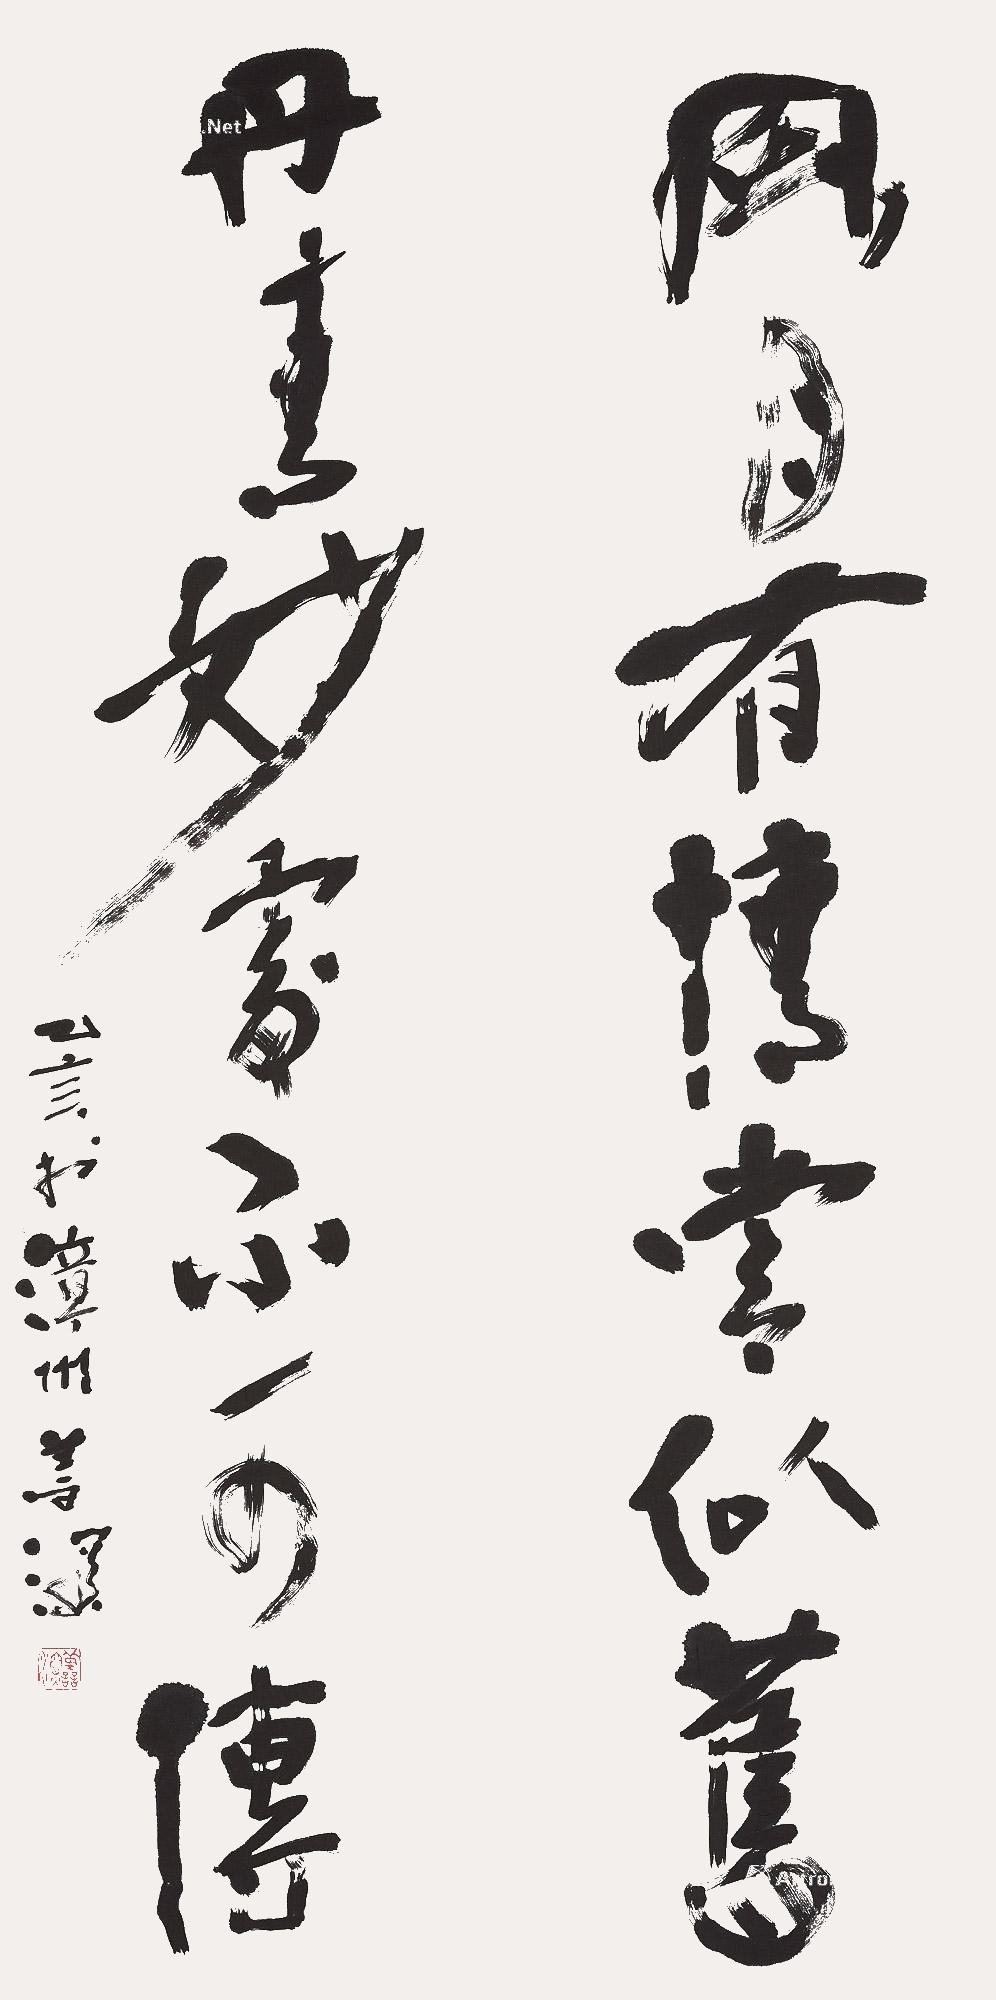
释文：风月有情常似旧，丹青妙处不可传。乙亥（1995）于漳州，善深。